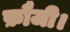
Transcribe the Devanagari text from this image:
फ़ौजी।